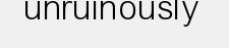
unruinously